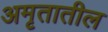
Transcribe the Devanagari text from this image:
अमृतातील